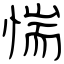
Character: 惴